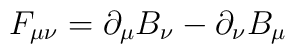
F_{\mu\nu} = \partial_\mu B_\nu - \partial_\nu B_\mu\qquad